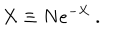
LaTeX: X \equiv N e ^ { - { \cal X } } ~ . \nonumber